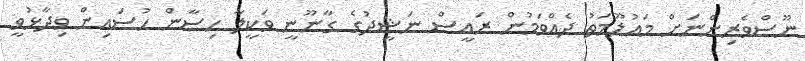
ނޫސްވެރިންނަށް މައުލޫމަތު ދެއްވަމުން ރައީސް ނަޝީދުގެ ގާނޫނީ ވަކީލާ ހިސާން ހުސައިން ވިދާޅުވީ